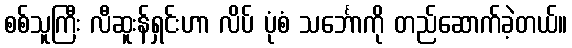
စစ်သူကြီး လီဆူးန်ရှင်းဟာ လိပ် ပုံစံ သင်္ဘောကို တည်ဆောက်ခဲ့တယ်။